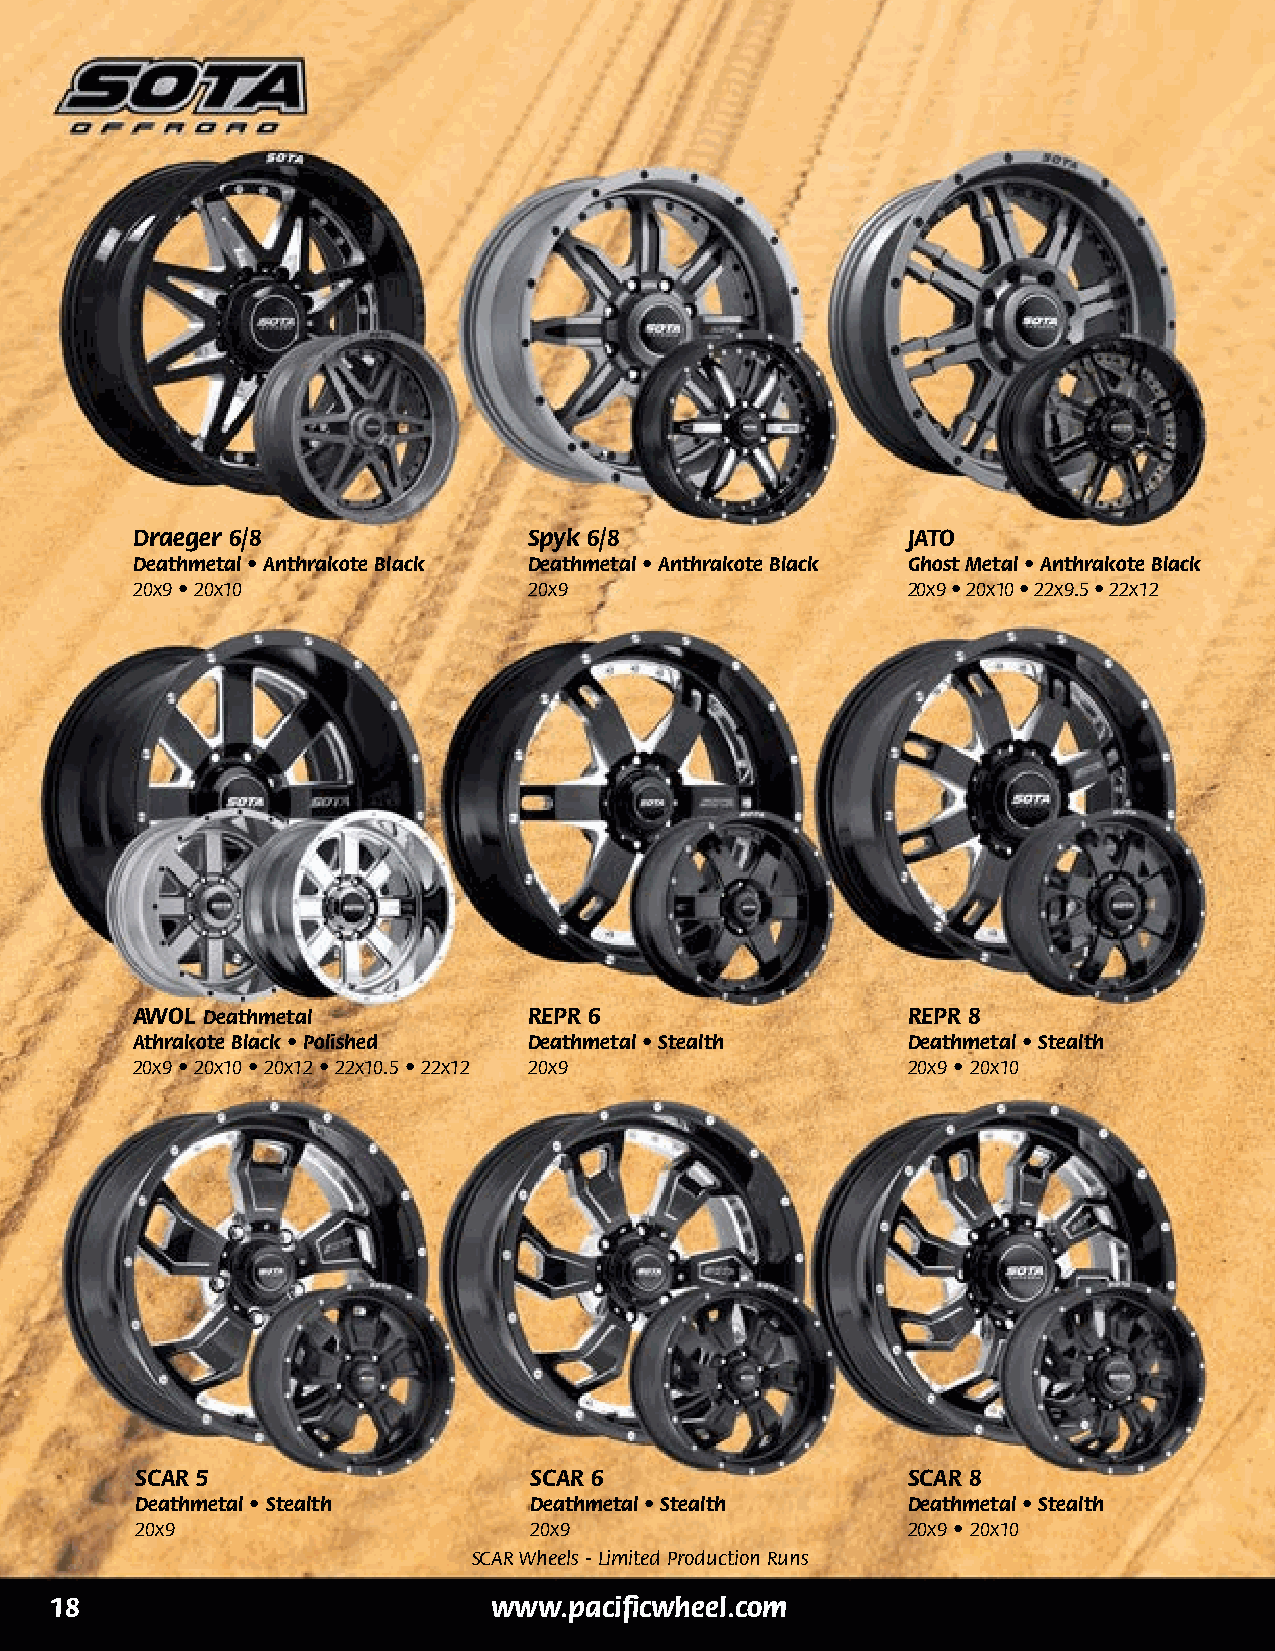
Draeger 6/8               Spyk 6/8                 JATO
 Deathmetal • Anthrakote Black Deathmetal • Anthrakote Black Ghost Metal • Anthrakote Black
 20x9 • 20x10              20x9                     20x9 • 20x10 • 22x9.5 • 22x12
 AWOL Deathmetal           REPR 6                   REPR 8
 Athrakote Black • Polished Deathmetal • Stealth    Deathmetal • Stealth
 20x9 • 20x10 • 20x12 • 22x10.5 • 22x12 20x9        20x9 • 20x10
 SCAR 5                    SCAR 6                   SCAR 8
 Deathmetal • Stealth      Deathmetal • Stealth     Deathmetal • Stealth
 20x9                      20x9                     20x9 • 20x10
 SCAR Wheels - Limited Production Runs
 18                            www.pacificwheel.com